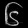
Digit: ၆